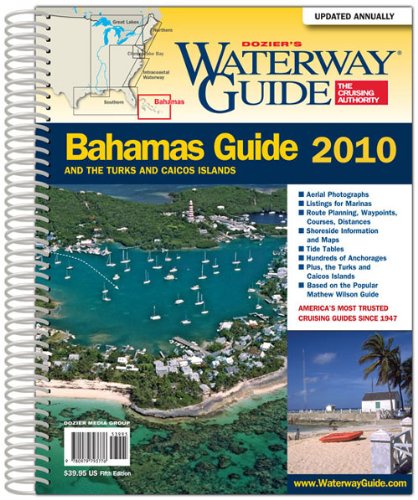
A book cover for Dozier's Waterway Guide Bahamas 2010; Waterway Guide Publications; Travel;